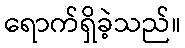
ရောက်ရှိခဲ့သည်။